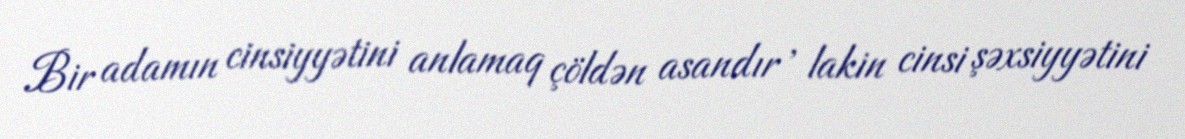
Bir adamın cinsiyyətini anlamaq çöldən asandır , lakin cinsi şəxsiyyətini